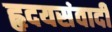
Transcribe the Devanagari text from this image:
हृदयसंवादी